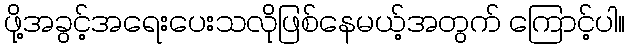
ဖို့အခွင့်အရေးပေးသလိုဖြစ်နေမယ့်အတွက် ကြောင့်ပါ။